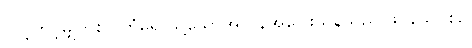
သင့်တင့်မျှတစွာ ကံမရှိ သို့သော်အလွန်အပြေးသန်သည် ဖိုင်နယ်ပွဲစဉ်